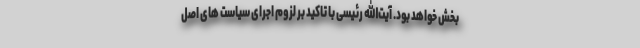
بخش خواهد بود. آیت‌الله رئیسی با تاکید بر لزوم اجرای سیاست های اصل